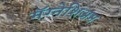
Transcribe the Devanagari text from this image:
मॅग्नेशिअम